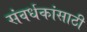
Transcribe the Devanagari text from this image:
संवर्धकांसाठी